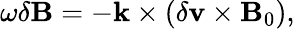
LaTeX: \begin{array}{r}{\omega\delta\mathbf{B}=-\mathbf{k}\times\left(\delta\mathbf{v}\times\mathbf{B}_{0}\right),}\end{array}